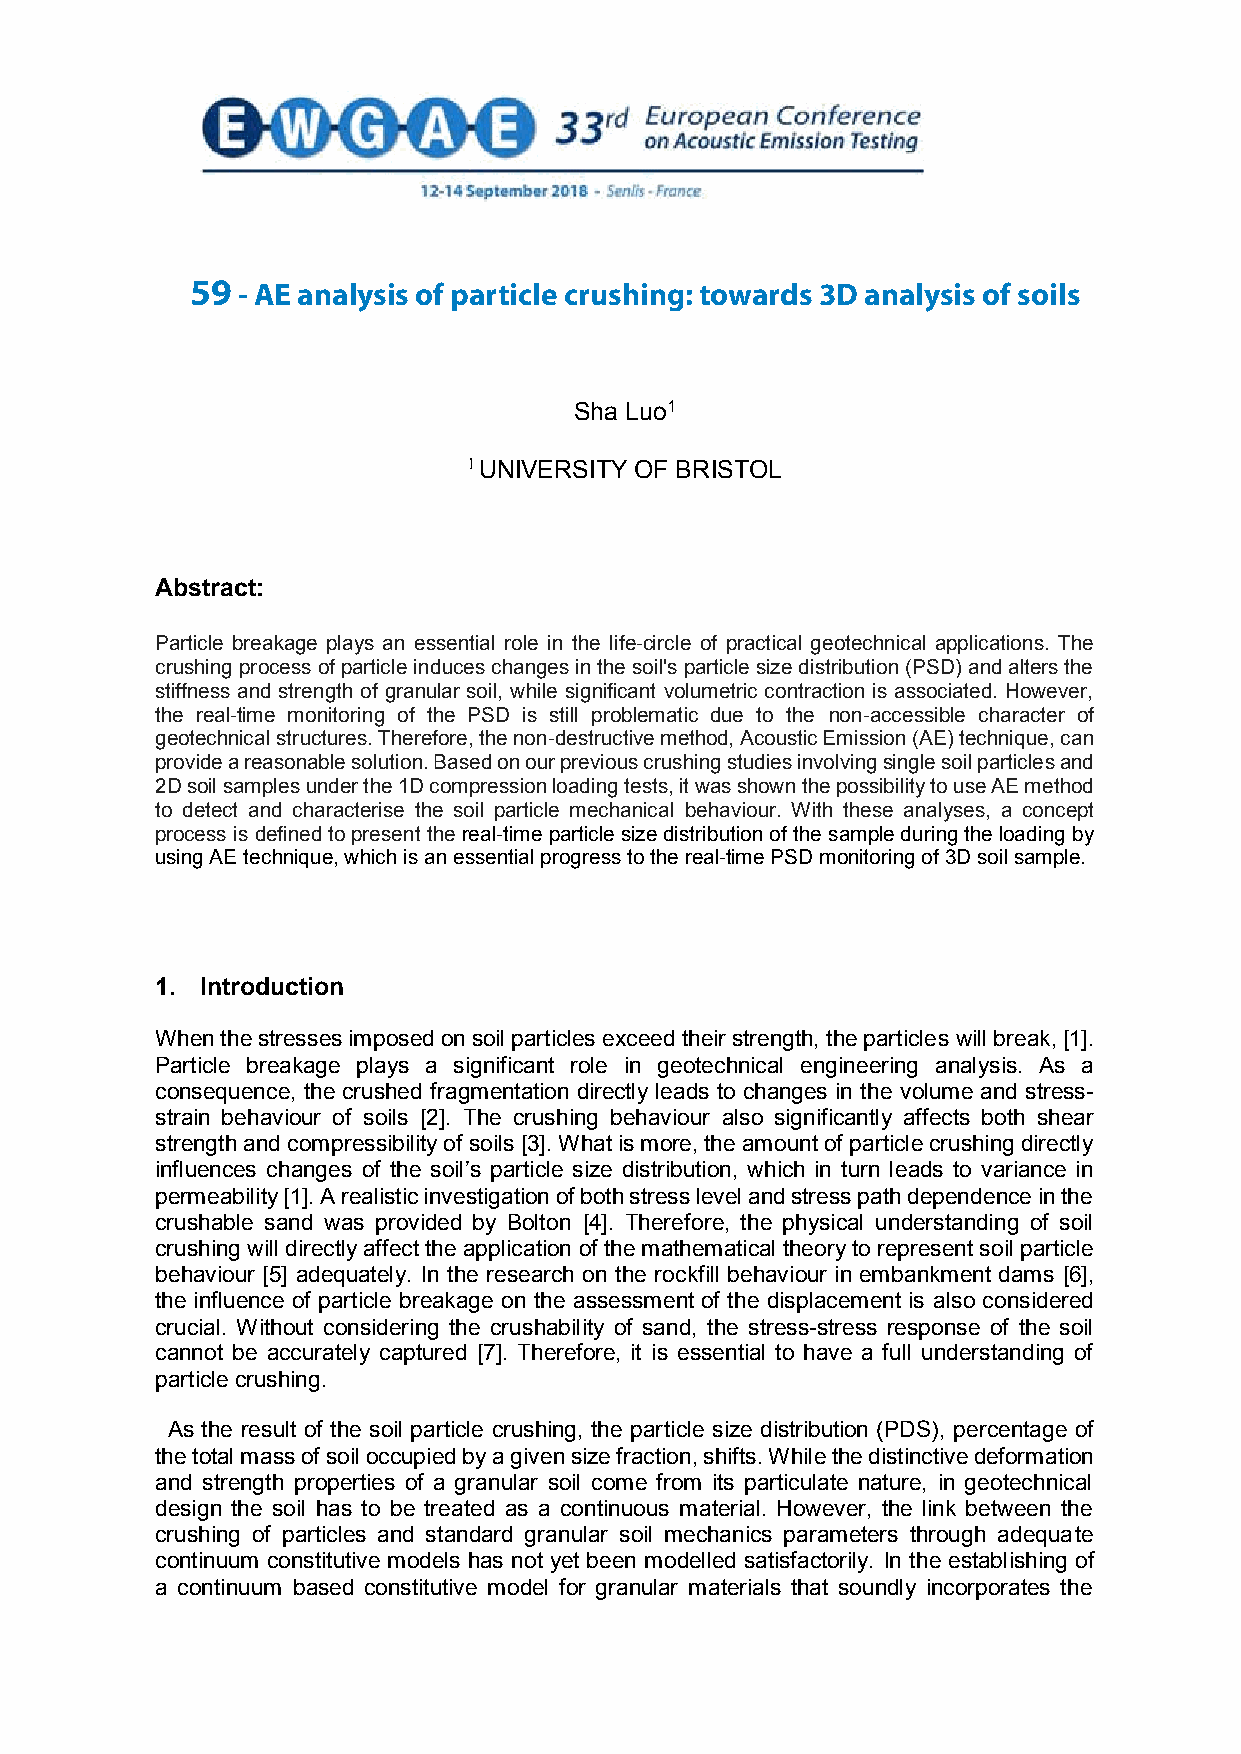
59 - AE analysis of particle crushing: towards 3D analysis of soils
 AE ANALYSIS  OF  PARTICLE  CRUSHING:  TOWARDS    3D ANALYSIS
 OF SOILS
 Sha Luo1
 1 UNIVERSITY OF BRISTOL
 Abstract:
 Particle breakage plays an essential role in the life-circle of practical geotechnical applications. The
 crushing process of particle induces changes in the soil's particle size distribution (PSD) and alters the
 stiffness and strength of granular soil, while significant volumetric contraction is associated. However,
 the real-time monitoring of the PSD is still problematic due to the non-accessible character of
 geotechnical structures. Therefore, the non-destructive method, Acoustic Emission (AE) technique, can
 provide a reasonable solution. Based on our previous crushing studies involving single soil particles and
 2D soil samples under the 1D compression loading tests, it was shown the possibility to use AE method
 to detect and characterise the soil particle mechanical behaviour. With these analyses, a concept
 process is defined to present the real-time particle size distribution of the sample during the loading by
 using AE technique, which is an essential progress to the real-time PSD monitoring of 3D soil sample.
 1. Introduction
 When the stresses imposed on soil particles exceed their strength, the particles will break, [1].
 Particle breakage plays a significant role in geotechnical engineering analysis. As a
 consequence, the crushed fragmentation directly leads to changes in the volume and stress-
 strain behaviour of soils [2]. The crushing behaviour also significantly affects both shear
 strength and compressibility of soils [3]. What is more, the amount of particle crushing directly
 influences changes of the soil’s particle size distribution, which in turn leads to variance in
 permeability [1]. A realistic investigation of both stress level and stress path dependence in the
 crushable sand was provided by Bolton [4]. Therefore, the physical understanding of soil
 crushing will directly affect the application of the mathematical theory to represent soil particle
 behaviour [5] adequately. In the research on the rockfill behaviour in embankment dams [6],
 the influence of particle breakage on the assessment of the displacement is also considered
 crucial. Without considering the crushability of sand, the stress-stress response of the soil
 cannot be accurately captured [7]. Therefore, it is essential to have a full understanding of
 particle crushing.
 As the result of the soil particle crushing, the particle size distribution (PDS), percentage of
 the total mass of soil occupied by a given size fraction, shifts. While the distinctive deformation
 and strength properties of a granular soil come from its particulate nature, in geotechnical
 design the soil has to be treated as a continuous material. However, the link between the
 crushing of particles and standard granular soil mechanics parameters through adequate
 continuum constitutive models has not yet been modelled satisfactorily. In the establishing of
 a continuum based constitutive model for granular materials that soundly incorporates the
 1